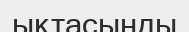
ықтасынды